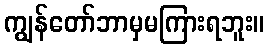
ကျွန်တော်ဘာမှမကြားရဘူး။